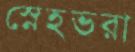
স্নেহভরা